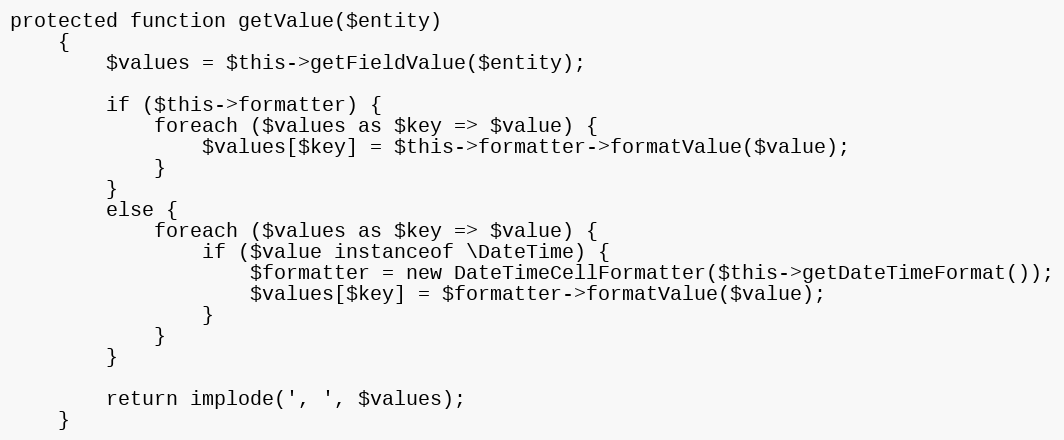
Language: PHP
protected function getValue($entity)
    {
        $values = $this->getFieldValue($entity);

        if ($this->formatter) {
            foreach ($values as $key => $value) {
                $values[$key] = $this->formatter->formatValue($value);
            }
        }
        else {
            foreach ($values as $key => $value) {
                if ($value instanceof \DateTime) {
                    $formatter = new DateTimeCellFormatter($this->getDateTimeFormat());
                    $values[$key] = $formatter->formatValue($value);
                }
            }
        }

        return implode(', ', $values);
    }